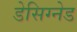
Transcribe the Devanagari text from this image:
डेसिग्नेड